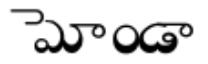
మోండా